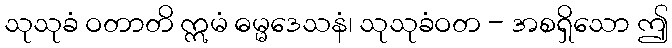
သုသုခံ ဝတာတိ ဣမံ ဓမ္မဒေသနံ၊ သုသုခံဝတ - အစရှိသော ဤ